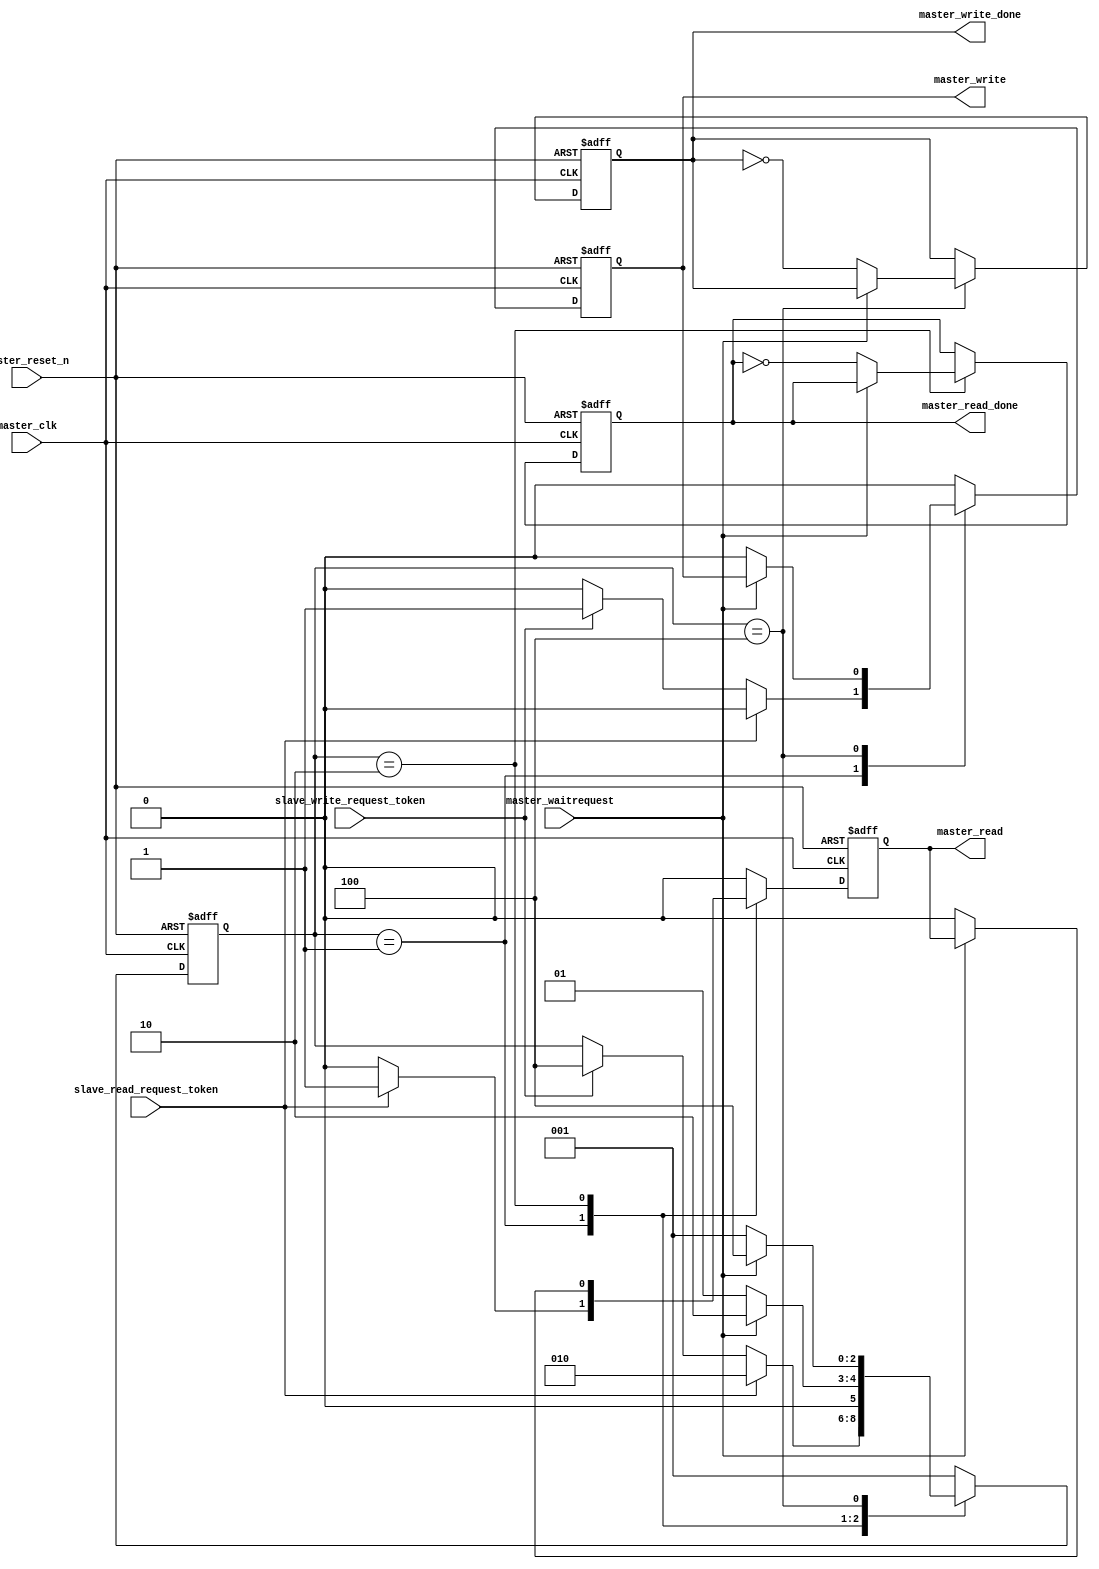
module DE4_SOPC_clock_0_master_FSM (
                                      master_clk,
                                      master_reset_n,
                                      master_waitrequest,
                                      slave_read_request_token,
                                      slave_write_request_token,
                                      master_read,
                                      master_read_done,
                                      master_write,
                                      master_write_done
                                   )
;
  output           master_read;
  output           master_read_done;
  output           master_write;
  output           master_write_done;
  input            master_clk;
  input            master_reset_n;
  input            master_waitrequest;
  input            slave_read_request_token;
  input            slave_write_request_token;
  reg              master_read;
  reg              master_read_done;
  reg     [  2: 0] master_state;
  reg              master_write;
  reg              master_write_done;
  reg              next_master_read;
  reg              next_master_read_done;
  reg     [  2: 0] next_master_state;
  reg              next_master_write;
  reg              next_master_write_done;
  always @(posedge master_clk or negedge master_reset_n)
    begin
      if (master_reset_n == 0)
          master_read_done <= 0;
      else if (1)
          master_read_done <= next_master_read_done;
    end
  always @(posedge master_clk or negedge master_reset_n)
    begin
      if (master_reset_n == 0)
          master_write_done <= 0;
      else if (1)
          master_write_done <= next_master_write_done;
    end
  always @(posedge master_clk or negedge master_reset_n)
    begin
      if (master_reset_n == 0)
          master_read <= 0;
      else if (1)
          master_read <= next_master_read;
    end
  always @(posedge master_clk or negedge master_reset_n)
    begin
      if (master_reset_n == 0)
          master_write <= 0;
      else if (1)
          master_write <= next_master_write;
    end
  always @(posedge master_clk or negedge master_reset_n)
    begin
      if (master_reset_n == 0)
          master_state <= 3'b001;
      else if (1)
          master_state <= next_master_state;
    end
  always @(master_read or master_read_done or master_state or master_waitrequest or master_write or master_write_done or slave_read_request_token or slave_write_request_token)
    begin
      case (master_state) 
          3'b001: begin
              if (slave_read_request_token)
                begin
                  next_master_state = 3'b010;
                  next_master_read = 1;
                  next_master_write = 0;
                end
              else if (slave_write_request_token)
                begin
                  next_master_state = 3'b100;
                  next_master_read = 0;
                  next_master_write = 1;
                end
              else 
                begin
                  next_master_state = master_state;
                  next_master_read = 0;
                  next_master_write = 0;
                end
              next_master_read_done = master_read_done;
              next_master_write_done = master_write_done;
          end 
          3'b010: begin
              if (!master_waitrequest)
                begin
                  next_master_state = 3'b001;
                  next_master_read_done = !master_read_done;
                  next_master_read = 0;
                end
              else 
                begin
                  next_master_state = 3'b010;
                  next_master_read_done = master_read_done;
                  next_master_read = master_read;
                end
              next_master_write_done = master_write_done;
              next_master_write = 0;
          end 
          3'b100: begin
              if (!master_waitrequest)
                begin
                  next_master_state = 3'b001;
                  next_master_write = 0;
                  next_master_write_done = !master_write_done;
                end
              else 
                begin
                  next_master_state = 3'b100;
                  next_master_write = master_write;
                  next_master_write_done = master_write_done;
                end
              next_master_read_done = master_read_done;
              next_master_read = 0;
          end 
          default: begin
              next_master_state = 3'b001;
              next_master_write = 0;
              next_master_write_done = master_write_done;
              next_master_read = 0;
              next_master_read_done = master_read_done;
          end 
      endcase 
    end
endmodule